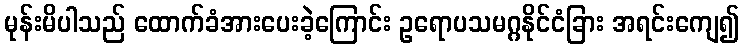
မုန်းမိပါသည် ထောက်ခံအားပေးခဲ့ကြောင်း ဥရောပသမဂ္ဂနိုင်ငံခြား အရင်းကျေ၍